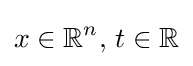
x\in \mathbb {R} ^{n},\,t\in \mathbb {R}